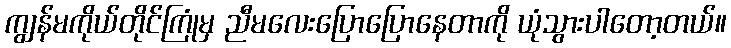
ကျွန်မကိုယ်တိုင်ကြုံမှ ညီမလေးပြောပြောနေတာကို ယုံသွားပါတော့တယ်။